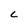
Character: C